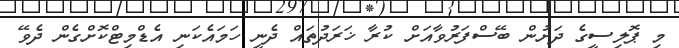
މި ޕޮލިސީގެ ދަށުން ބޭސްފަރުވާއަށް ކުރާ ޚަރަދުތައް ދެނީ ހަމައެކަނި އެޑްމިޓްކޮށްގެން ދެވޭ